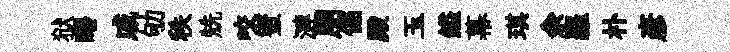
狱曙戚劬秩兟咬蜜漣朋倔殿玉鎰幕琪余羅朴彦